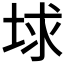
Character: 𡌋